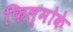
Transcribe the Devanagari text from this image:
फिल्मोके